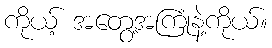
ကိုယ့် အတွေ့အကြုံနဲ့ကိုယ်။